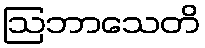
ဩဘာသေတိ